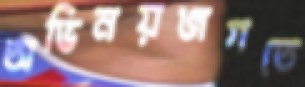
অভিনয়জগতে